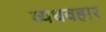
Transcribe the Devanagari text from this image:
व्यधवहार